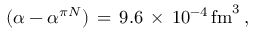
( \alpha - \alpha ^ { \pi N } ) \, = \, 9 . 6 \, \times \, 1 0 ^ { - 4 } \, \mathrm { f m } ^ { 3 } \, ,